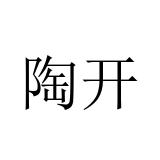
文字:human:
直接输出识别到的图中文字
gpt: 陶开